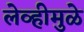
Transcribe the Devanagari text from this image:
लेव्हीमुळे